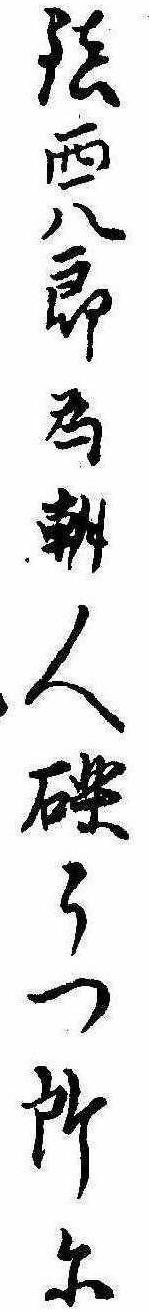
鎮西八郎為朝人礫うつ所に